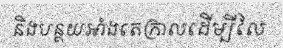
និងបន្ថយអាំងតេក្រាលដើម្បីលៃ